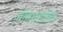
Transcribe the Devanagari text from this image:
लोमशसंहिता